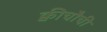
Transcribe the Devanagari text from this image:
क्वीचौची